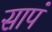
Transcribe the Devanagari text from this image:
सापं